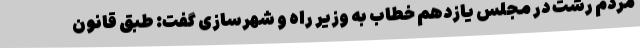
مردم رشت در مجلس یازدهم خطاب به وزیر راه و شهرسازی گفت: طبق قانون